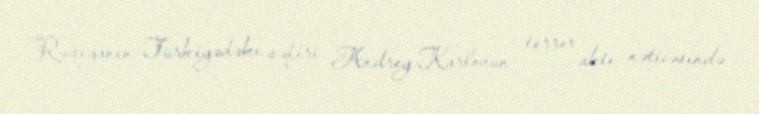
Rusiyanın Türkiyədəki səfiri Andrey Karlovun terror aktı nəticəsində